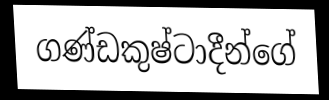
ගණ්ඩකුෂ්ටාදීන්ගේ